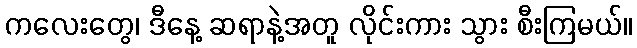
ကလေးတွေ၊ ဒီနေ့ ဆရာနဲ့အတူ လိုင်းကား သွား စီးကြမယ်။